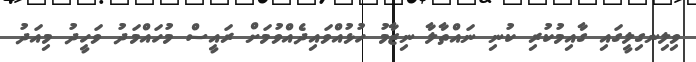
ވިލިނގިލީގައި ގާއިމުކުރި ކުނި ނައްތާލާ ނިޒާމު ހުޅުއްވައިދެއްވުމަށް ރައީސް މުހައްމަދު ވަހީދު މިއަދު